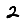
Digit: 2